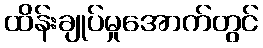
ထိန်းချုပ်မှုအောက်တွင်